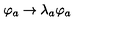
\varphi _ { a } \rightarrow \lambda _ { a } \varphi _ { a }